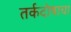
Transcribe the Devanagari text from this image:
तर्कदोषाचा